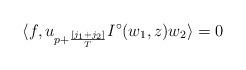
LaTeX: \begin{align*}\langle f, u_{p+\frac{[j_1+j_2]}{T}}I^{\circ}(w_1, z)w_2\rangle=0\end{align*}